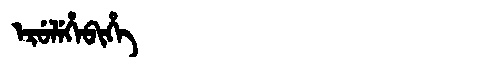
Manchu: ᡝᡵᡠᠯᡝᡥᡝᠪᡳᡥᡝ
Romanization: ERULEHEBIHE